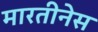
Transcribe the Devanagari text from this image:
मारतीनेस